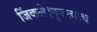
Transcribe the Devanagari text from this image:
जिंकले।नुकत्याच